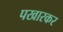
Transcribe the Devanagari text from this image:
पखारकर